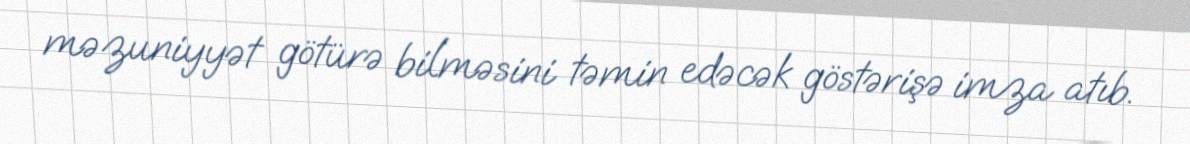
məzuniyyət götürə bilməsini təmin edəcək göstərişə imza atıb.